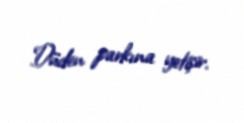
Düden parkına yetişir.